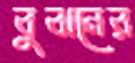
বুঝনের